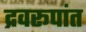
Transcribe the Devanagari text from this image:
द्रवरूपांत